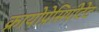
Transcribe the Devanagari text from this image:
क्रायोप्रेसिपीटेट